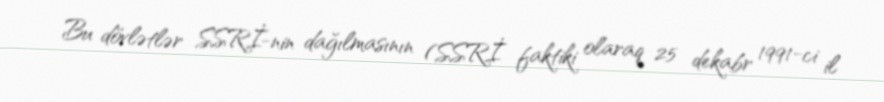
Bu dövlətlər SSRİ-nin dağılmasının (SSRİ faktiki olaraq 25 dekabr 1991-ci il